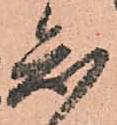
知